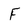
Character: F